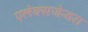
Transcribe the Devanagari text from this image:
एलेक्सजेन्डरा